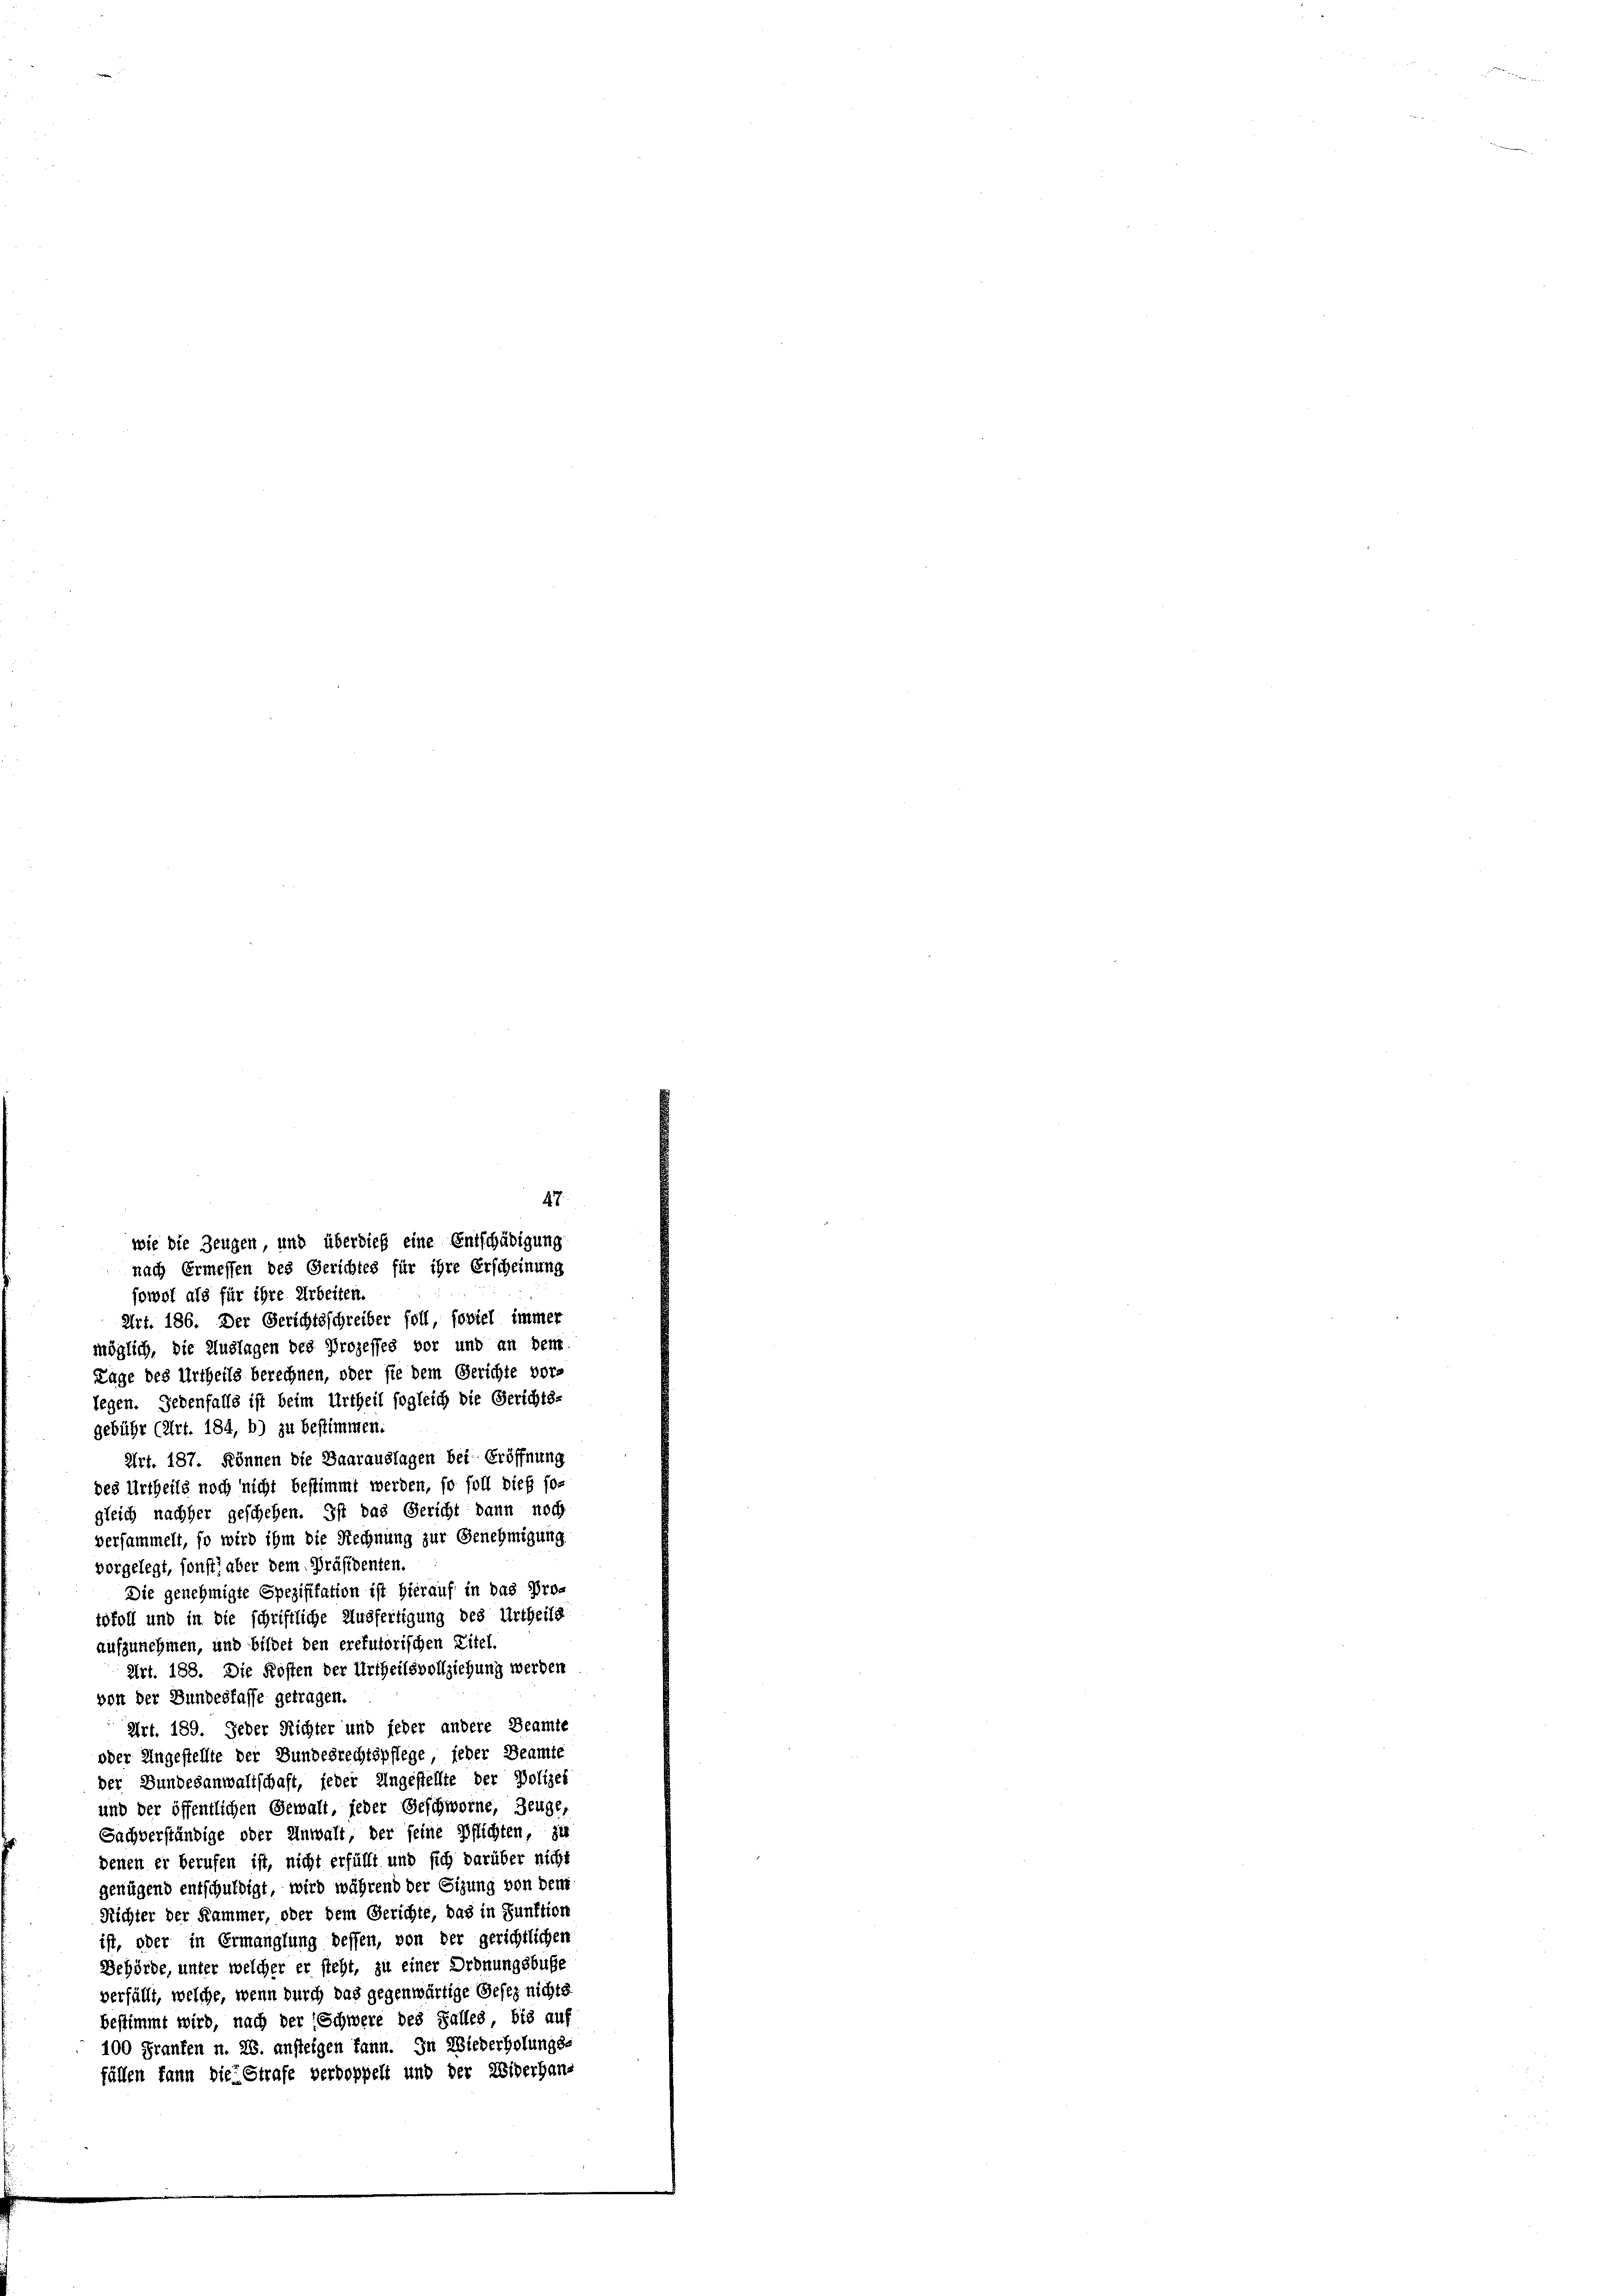
jowol als für ihre Arbeiten.
Art. 186. Der Gerichtsschreiber soll, soviel immer
möglich, die Auslagen des Prozesses vor und an dem
Lage des Urtheils berechnen, oder sie dem Gerichte vors
legen. Gebenfalls ist beim Urtheil sogleich die Gerichts-
gebühr (Art. 184, b) zu bestimmen.
Art. 187. Können die Baarauslagen bei Eröffnung
des Urtheils noch nicht bestimmt werden, so soll dieß so-
gleich nachher geschehen. Ist das Gericht dann noch
versammelt, so wird ihm die Rechnung zur Genehmigung
vorgelegt, sonst aber dem Präsidenten.
Die genehmigte Spezifikation ist hierauf in das Protofoll und in die schriftliche Ausfertigung des Urtheils
aufzunehmen, und bildet den erefusorischen Eitel.
Art. 188. Die Kosten der Urtheilsvollziehung werden
von der Bundesfasse getragen.
Art. 189. Jeder Richter und jeder andere Beamte
oder Angestellte der Bundesrechtspflege, jeder Beamte
der Bundesanwaltschaft, jeder Ungestellte der Polizei
und der öffentlichen Gewalt, jeder Geschworne, Zeuge,
Sachverständige oder Anwalt, der seine Pflichten, zu
denen er berufen ist, nicht erfüllt und sich darüber nicht
genügend entschuldigt, wird während der Sitzung von den
Richter der Kammer, oder dem Gerichte, das in Funktion
ist, oder in Ermanglung dessen, von der gerichtlichen
Behörde, unter welcher er steht, zu einer Ordnungsbuße
verfällt, welche, wenn durch das gegenwärtige Gesez nichts
bestimmt wird, nach der (Schwere des Falles, bis auf
100 Franken u. 28. ansteigen kann. In Wiederholungs-
fällen kann die Strafe verdoppelt und der Widerhaus

47.
wie die Zeugen, und überdieß eine Entschädigung
nach Ermessen des Gerichtes für ihre Erscheinung